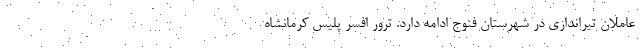
عاملان تیراندازی در شهرستان فنوج ادامه دارد. ترور افسر پلیس کرمانشاه